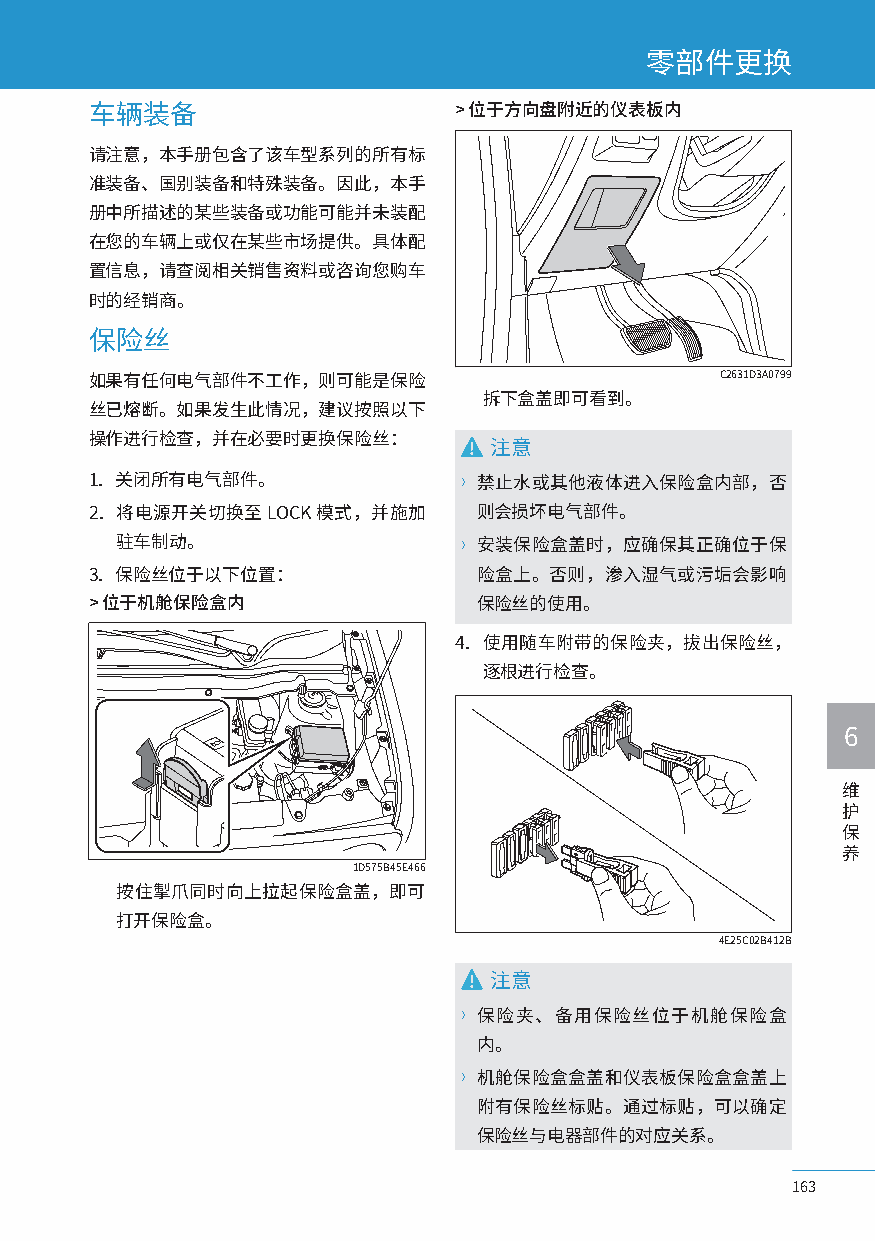
零部件更换
 车辆装备                    > 位于方向盘附近的仪表板内
 请注意，本手册包含了该车型系列的所有标
 准装备、国别装备和特殊装备。因此，本手
 册中所描述的某些装备或功能可能并未装配
 在您的车辆上或仅在某些市场提供。具体配
 置信息，请查阅相关销售资料或咨询您购车
 时的经销商。
 保险丝
 如果有任何电气部件不工作，则可能是保险                      C2631D3A0799
 拆下盒盖即可看到。
 丝已熔断。如果发生此情况，建议按照以下
 操作进行检查，并在必要时更换保险丝：
 注意
 1. 关闭所有电气部件。            〉禁止水或其他液体进入保险盒内部，否
 2. 将电源开关切换至LOCK模式，并施加    则会损坏电气部件。
 驻车制动。                 〉安装保险盒盖时，应确保其正确位于保
 3. 保险丝位于以下位置：            险盒上。否则，渗入湿气或污垢会影响
 > 位于机舱保险盒内               保险丝的使用。
 4. 使用随车附带的保险夹，拔出保险丝，
 逐根进行检查。
 6
 维
 护
 保
 养
 1D575B45E466
 按住掣爪同时向上拉起保险盒盖，即可
 打开保险盒。
 4E25C02B412B
 注意
 〉保险夹、备用保险丝位于机舱保险盒
 内。
 〉机舱保险盒盒盖和仪表板保险盒盒盖上
 附有保险丝标贴。通过标贴，可以确定
 保险丝与电器部件的对应关系。
 163